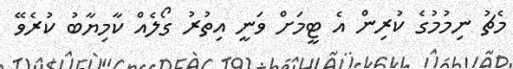
މެޗު ނިމުމުގެ ކުރިން އެ ޓީމަށް ވަނީ އިތުރު ގޯލެއް ކާމިޔާބު ކުރެވޭ